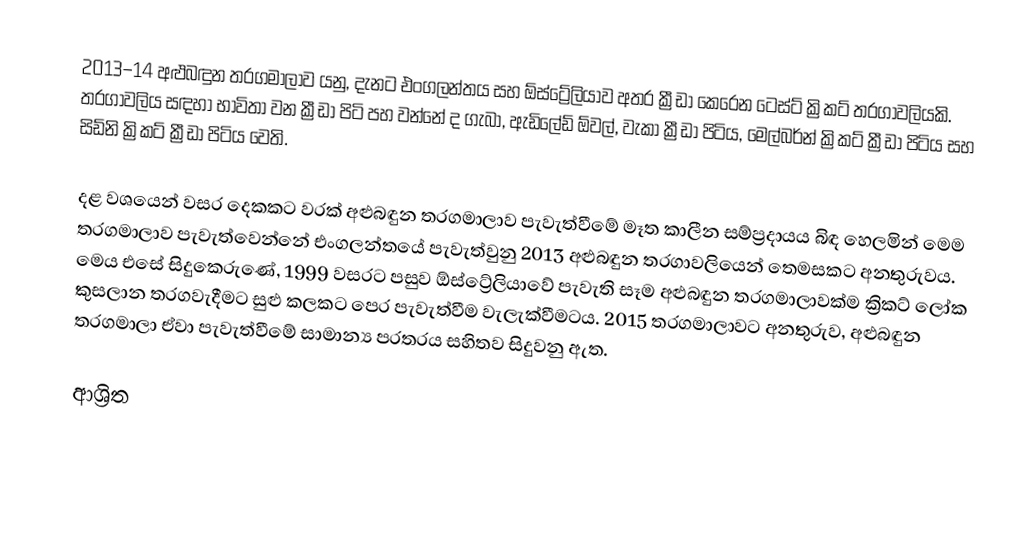
2013–14 අළුබඳුන තරගමාලාව යනු, දැනට  එංගලන්තය සහ ඕස්ට්‍රේලියාව අතර ක්‍රීඩා කෙරෙන ටෙස්ට් ක්‍රිකට් තරගාවලියකි. තරගාවලිය සඳහා භාවිතා වන ක්‍රීඩා පිටි පහ වන්නේ ද ගැබා, ඇඩිලේඩ් ඕවල්, වැකා ක්‍රීඩා පිටිය, මෙල්බර්න් ක්‍රිකට් ක්‍රීඩා පිටිය සහ සිඩ්නි ක්‍රිකට් ක්‍රීඩා පිටිය වෙති.

දළ වශයෙන් වසර දෙකකට වරක් අළුබඳුන තරගමාලාව පැවැත්වීමේ මෑත කාලීන සම්ප්‍රදායය බිඳ හෙලමින් මෙම තරගමාලාව පැවැත්වෙන්නේ එංගලන්තයේ පැවැත්වුනු 2013 අළුබඳුන තරගාවලියෙන් තෙමසකට අනතුරුවය. මෙය එසේ සිදුකෙරුණේ, 1999 වසරට පසුව ඕස්ට්‍රේලියාවේ පැවැති සෑම අළුබඳුන තරගමාලාවක්ම  ක්‍රිකට් ලෝක කුසලාන තරගවැදීමට සුළු කලකට පෙර පැවැත්වීම වැලැක්වීමටය. 2015 තරගමාලාවට අනතුරුව, අළුබඳුන තරගමාලා ඒවා පැවැත්වීමේ සාමාන්‍ය  පරතරය සහිතව සිදුවනු ඇත.

ආශ්‍රිත